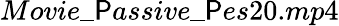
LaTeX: Movie\_ \mathsf{P}assive\_ \mathsf{P}es20.mp4